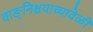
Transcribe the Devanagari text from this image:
वाङ्‌निश्चयाच्यावेळी